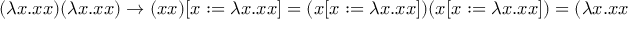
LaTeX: ( \lambda x . x x ) ( \lambda x . x x ) \to ( x x ) [ x : = \lambda x . x x ] = ( x [ x : = \lambda x . x x ] ) ( x [ x : = \lambda x . x x ] ) = ( \lambda x . x x ) ( \lambda x . x x )